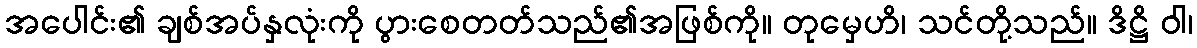
အပေါင်း၏ ချစ်အပ်နှလုံးကို ပွားစေတတ်သည်၏အဖြစ်ကို။ တုမှေဟိ၊ သင်တို့သည်။ ဒိဋ္ဌိ ဝါ၊